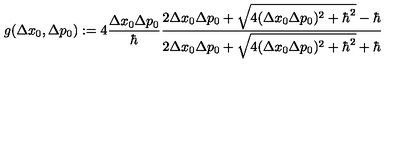
g ( \Delta x _ { 0 } , \Delta p _ { 0 } ) : = 4 \frac { \Delta x _ { 0 } \Delta p _ { 0 } } { \hbar } \frac { 2 \Delta x _ { 0 } \Delta p _ { 0 } + \sqrt { 4 ( \Delta x _ { 0 } \Delta p _ { 0 } ) ^ { 2 } + { \hbar } ^ { 2 } } - \hbar } { 2 \Delta x _ { 0 } \Delta p _ { 0 } + \sqrt { 4 ( \Delta x _ { 0 } \Delta p _ { 0 } ) ^ { 2 } + { \hbar } ^ { 2 } } + \hbar }